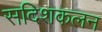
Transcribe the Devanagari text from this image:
सदिशकलन